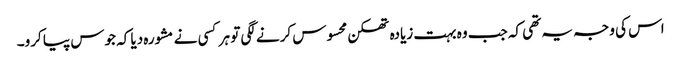
اس کی وجہ یہ تھی کہ جب وہ بہت زیادہ تھکن محسوس کرنے لگی تو ہر کسی نے مشورہ دیا کہ جوس پیا کرو۔